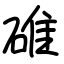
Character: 碓